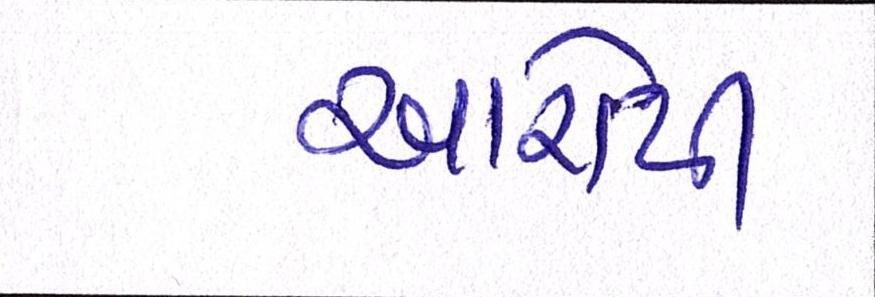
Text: આરોપી